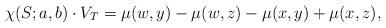
LaTeX: \begin{align*}\chi(S;a,b) \cdot {V}_T=\mu (w,y) - \mu (w,z) - \mu(x,y) + \mu(x,z),\end{align*}